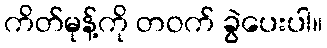
ကိတ်မုန့်ကို တဝက် ခွဲပေးပါ။